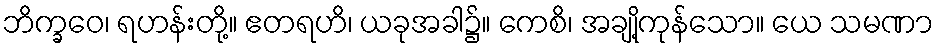
ဘိက္ခဝေ၊ ရဟန်းတို့။ ဧတရဟိ၊ ယခုအခါ၌။ ကေစိ၊ အချို့ကုန်သော။ ယေ သမဏာ